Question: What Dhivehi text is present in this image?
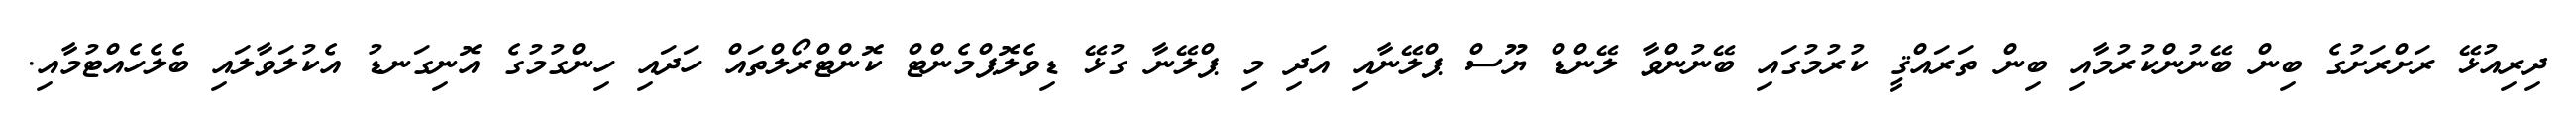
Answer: ދިރިއުޅޭ ރަށްރަށުގެ ބިން ބޭނުންކުރުމާއި ބިން ތަރައްޤީ ކުރުމުގައި ބޭނުންވާ ލޭންޑް ޔޫސް ޕްލޭނާއި އަދި މި ޕްލޭނާ ގުޅޭ ޑިވެލޮޕްމެންޓް ކޮންޓްރޯލްތައް ހަދައި ހިންގުމުގެ އޮނިގަނޑު އެކުލަވާލައި ބެލެހެއްޓުމާއި.